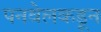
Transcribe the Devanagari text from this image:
पनवेलकडून